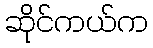
ဆိုင်ကယ်က